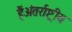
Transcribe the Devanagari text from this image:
हैंअंतर्राष्ट्रीय